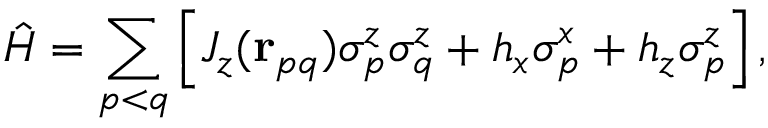
\hat { H } = \sum _ { p < q } \left[ J _ { z } ( \mathbf { r } _ { p q } ) \sigma _ { p } ^ { z } \sigma _ { q } ^ { z } + h _ { x } \sigma _ { p } ^ { x } + h _ { z } \sigma _ { p } ^ { z } \right] ,